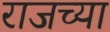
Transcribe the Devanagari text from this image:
राजच्या